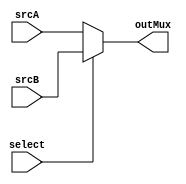
module mux (
    input [31:0] srcA,
    input [31:0] srcB,
    input select,

    output reg [31:0] outMux
);

always @ (*)
begin
    outMux = srcA;

    if ( select )
    begin
        outMux = srcB;
    end 


end

    
endmodule